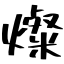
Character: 燦